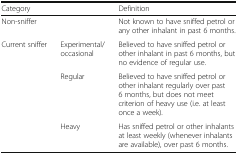
<table><thead><tr><td><b>Category</b></td><td></td><td><b>Definition</b></td></tr></thead><tbody><tr><td>Non-sniffer</td><td></td><td>Not known to have sniffed petrol or any other inhalant in past 6 months.</td></tr><tr><td>Current sniffer</td><td>Experimental/occasional</td><td>Believed to have sniffed petrol or other inhalant in past 6 months, but no evidence of regular use.</td></tr><tr><td></td><td>Regular</td><td>Believed to have sniffed petrol or other inhalant regularly over past 6 months, but does not meet criterion of heavy use (i.e. at least once a week).</td></tr><tr><td></td><td>Heavy</td><td>Has sniffed petrol or other inhalants at least weekly (whenever inhalants are available), over past 6 months.</td></tr></tbody></table>